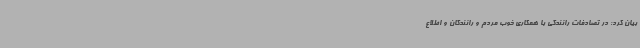
بیان کرد: در تصادفات رانندگی با همکاری خوب مردم و رانندگان و اطلاع